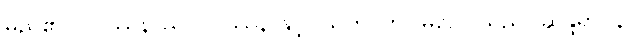
မည်၏။ ဝိပဿနာယ၊ ဝိပဿနာနှင့်။ သဟ၊ ကွ။ မဂ္ဂေါ၊ သည်။ ဆန္ဒရာဂနိ